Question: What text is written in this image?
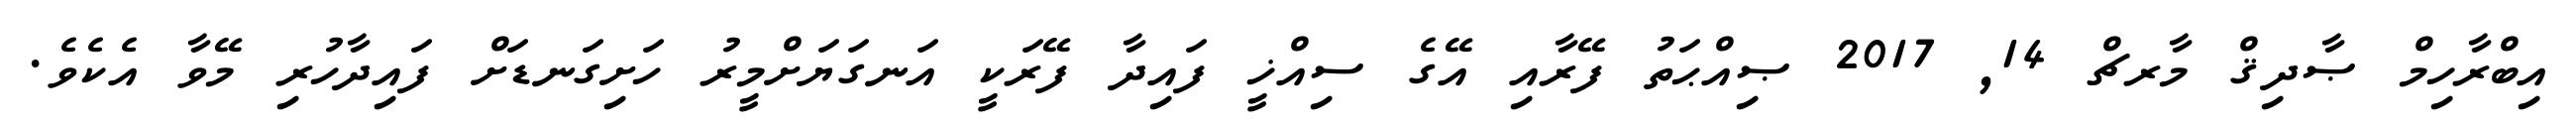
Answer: އިބްރާހިމް ޞާދިޤް މާރޗް 14, 2017 ޞިއްޙަތު ފޭރާއި އޭގެ ސިއްޚީ ފައިދާ ފޭރަކީ އަނގަޔަށްމީރު ހަށިގަނޑަށް ފައިދާހުރި މޭވާ އެކެވެ.